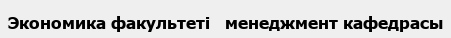
Экономика факультеті   менеджмент кафедрасы